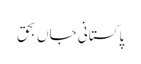
پاکستانی جاں بحق